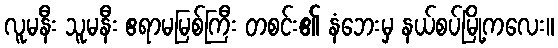
လူမနီး သူမနီး ဧရာမမြစ်ကြီး တစင်း၏ နံဘေးမှ နယ်စပ်မြို့ကလေး။